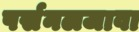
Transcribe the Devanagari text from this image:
पर्सनलजावा